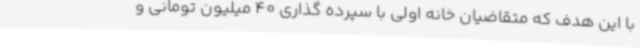
با این هدف که متقاضیان خانه اولی با سپرده گذاری 40 میلیون تومانی و